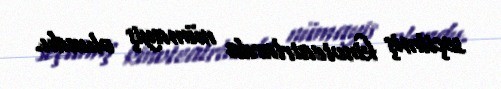
seçilmiş kinoteatrlarda nümayiş olundu.